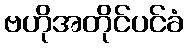
ဗဟိုအတိုင်ပင်ခံ